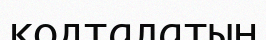
кодталатын